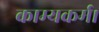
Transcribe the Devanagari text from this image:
काम्यकर्म।